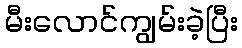
မီးလောင်ကျွမ်းခဲ့ပြီး